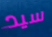
سيد